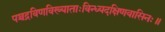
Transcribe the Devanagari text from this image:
पञ्चद्रविणविख्याताःविन्ध्यदक्षिणवासिनः॥